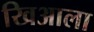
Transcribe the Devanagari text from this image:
खिआला